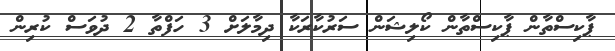
ޕާކިސްތާން ޕާކިސްތާން ކޯލިޝަން ސަރުކާރަކާ ދިމާލަށް 3 ހަފްތާ 2 ދުވަސް ކުރިން